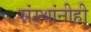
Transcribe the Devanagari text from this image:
संस्थांनीही